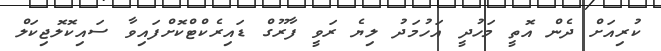
ކުރިއަށް ދެން އޮތީ މަހުދީ އަހުމަދު ލިޔެ ރަވީ ފާރޫގް ޑައިރެކްޓްކޮށްފައިވާ ސައިކޮލޮޖިކަލް